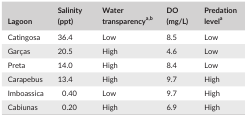
<table><thead><tr><td><b>Lagoon</b></td><td><b>Salinity (ppt)</b></td><td><b>Water transparencya<sup>,</sup>b</b></td><td><b>DO (mg/L)</b></td><td><b>Predation levela</b></td></tr></thead><tbody><tr><td>Catingosa</td><td>36.4</td><td>Low</td><td>8.5</td><td>Low</td></tr><tr><td>Garças</td><td>20.5</td><td>High</td><td>4.6</td><td>Low</td></tr><tr><td>Preta</td><td>14.0</td><td>High</td><td>8.4</td><td>Low</td></tr><tr><td>Carapebus</td><td>13.4</td><td>High</td><td>9.7</td><td>High</td></tr><tr><td>Imboassica</td><td>0.40</td><td>Low</td><td>9.7</td><td>High</td></tr><tr><td>Cabiunas</td><td>0.20</td><td>High</td><td>6.9</td><td>High</td></tr></tbody></table>